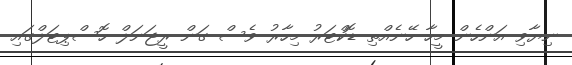
ނިޔާވި އަންހެން މީހާ ހޭނެއްތި ޑޮކްޓަރު މިހާރު ވެސް ގަން ރީޖަނަލް ހޮސްޕިޓަލްގައި